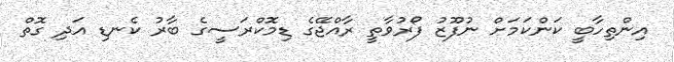
އިންތިހާބީ ކަންކަމަށް ނުފޫޒު ފޯރުވާތީ ރާއްޖޭގެ ޑިމޮކްރަސީގެ ބާރު ކެނޑި އަދި ގޮތް